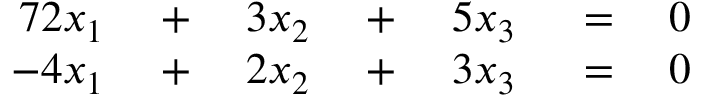
\begin{array} { r l r l r l r } { { 7 } 2 x _ { 1 } } & { { } \; + \; } & { 3 x _ { 2 } } & { { } \; + \; } & { 5 x _ { 3 } } & { { } \; = \; } & { 0 } \\ { - 4 x _ { 1 } } & { { } \; + \; } & { 2 x _ { 2 } } & { { } \; + \; } & { 3 x _ { 3 } } & { { } \; = \; } & { 0 } \end{array}